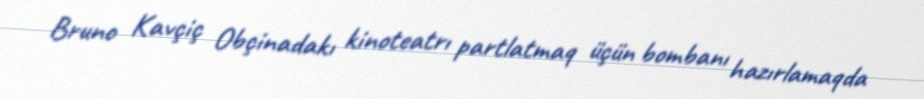
Bruno Kavçiç Obçinadakı kinoteatrı partlatmaq üçün bombanı hazırlamaqda